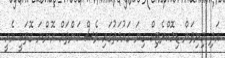
އަދި މިނިވަން ޑިމޮކްރެޓިކް ގިނަ ގައުމަތުގައި ވެސް ކަންތައް އޮންނަ ގޮތަކީ އެއީ